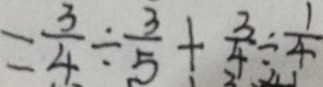
= \frac { 3 } { 4 } \div \frac { 3 } { 5 } + \frac { 3 } { 4 } \div \frac { 1 } { 4 }